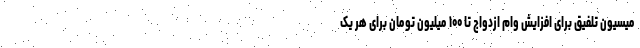
میسیون تلفیق برای افزایش وام ازدواج تا ۱۰۰ میلیون تومان برای هر یک